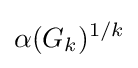
\alpha (G_{k})^{1/k}